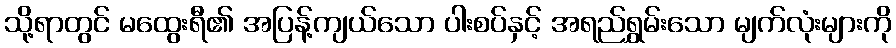
သို့ရာတွင် မထွေးရီ၏ အပြန့်ကျယ်သော ပါးစပ်နှင့် အရည်ရွှမ်းသော မျက်လုံးများကို